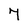
Character: 7